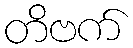
တိဗက်